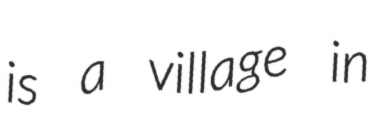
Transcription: is a village in